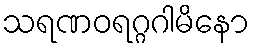
သရဏဝရဂ္ဂဂါမိနော